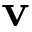
\mathbf { v }